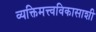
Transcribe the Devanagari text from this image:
व्यक्तिमत्त्वविकासाशी